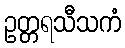
ဥတ္တရသီသကံ